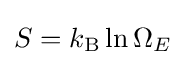
S=k_{\text{B}}\ln \Omega _{E}